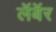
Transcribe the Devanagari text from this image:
लॅबॅर